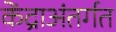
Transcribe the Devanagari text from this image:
केंद्राअंतर्गत